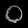
Digit: ၀